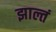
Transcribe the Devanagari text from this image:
झाल्तं